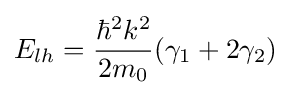
E_{lh}={{\hbar ^{2}k^{2}} \over {2m_{0}}}(\gamma _{1}+2\gamma _{2})